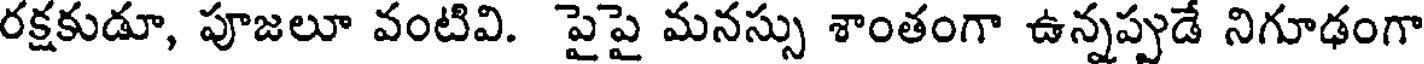
రక్షకుడూ, పూజలూ వంటివి. పైపై మనస్సు శాంతంగా ఉన్నప్పుడే నిగూఢంగా